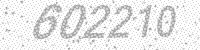
Solution: 602210